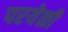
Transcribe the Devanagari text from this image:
परयेळी